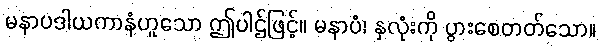
မနာပဒါယကာနံဟူသော ဤပါဌ်ဖြင့်။ မနာပံ၊ နှလုံးကို ပွားစေတတ်သော။